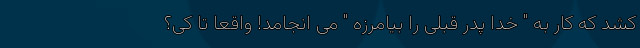
کشد که کار به " خدا پدر قبلی را بیامرزه " می انجامد! واقعا تا کی؟